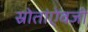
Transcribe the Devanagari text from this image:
स्रोतांऐवजी